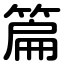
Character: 篇